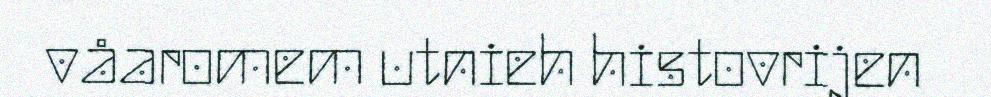
våaromem utnieh histovrijen